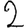
Digit: 2